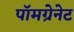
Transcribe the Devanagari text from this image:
पॉमग्रेनेट